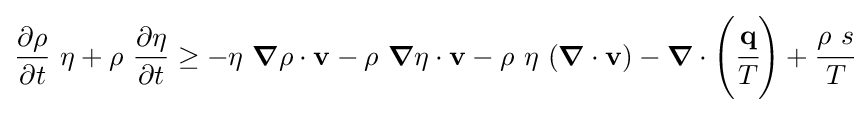
{\frac {\partial \rho }{\partial t}}~\eta +\rho ~{\frac {\partial \eta }{\partial t}}\geq -\eta ~{\boldsymbol {\nabla }}\rho \cdot \mathbf {v} -\rho ~{\boldsymbol {\nabla }}\eta \cdot \mathbf {v} -\rho ~\eta ~({\boldsymbol {\nabla }}\cdot \mathbf {v} )-{\boldsymbol {\nabla }}\cdot \left({\cfrac {\mathbf {q} }{T}}\right)+{\cfrac {\rho ~s}{T}}